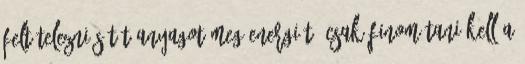
feltételezni sötét anyagot meg energiát, csak finomítani kell a